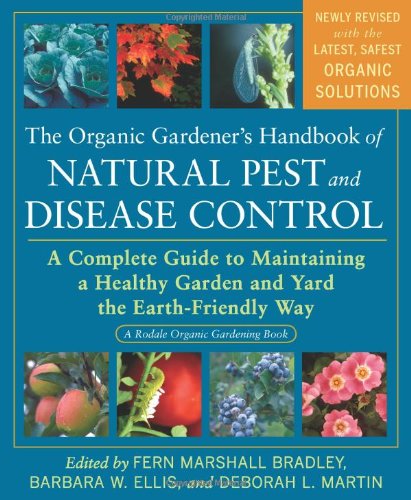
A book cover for The Organic Gardener's Handbook of Natural Pest and Disease Control: A Complete Guide to Maintaining a Healthy Garden and Yard the Earth-Friendly Way (Rodale Organic Gardening Books); Fern Marshall Bradley; Crafts, Hobbies & Home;